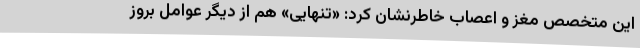
این متخصص مغز و اعصاب خاطرنشان کرد: «تنهایی» هم از دیگر عوامل بروز